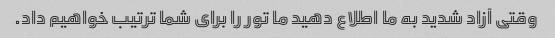
وقتی آزاد شدید به ما اطلاع دهید ما تور را برای شما ترتیب خواهیم داد.